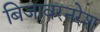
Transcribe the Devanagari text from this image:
बिजावरनरेश